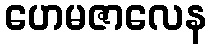
ဟေမဇာလေန